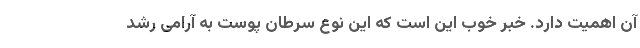
آن اهمیت دارد. خبر خوب این است که این نوع سرطان پوست به آرامی رشد